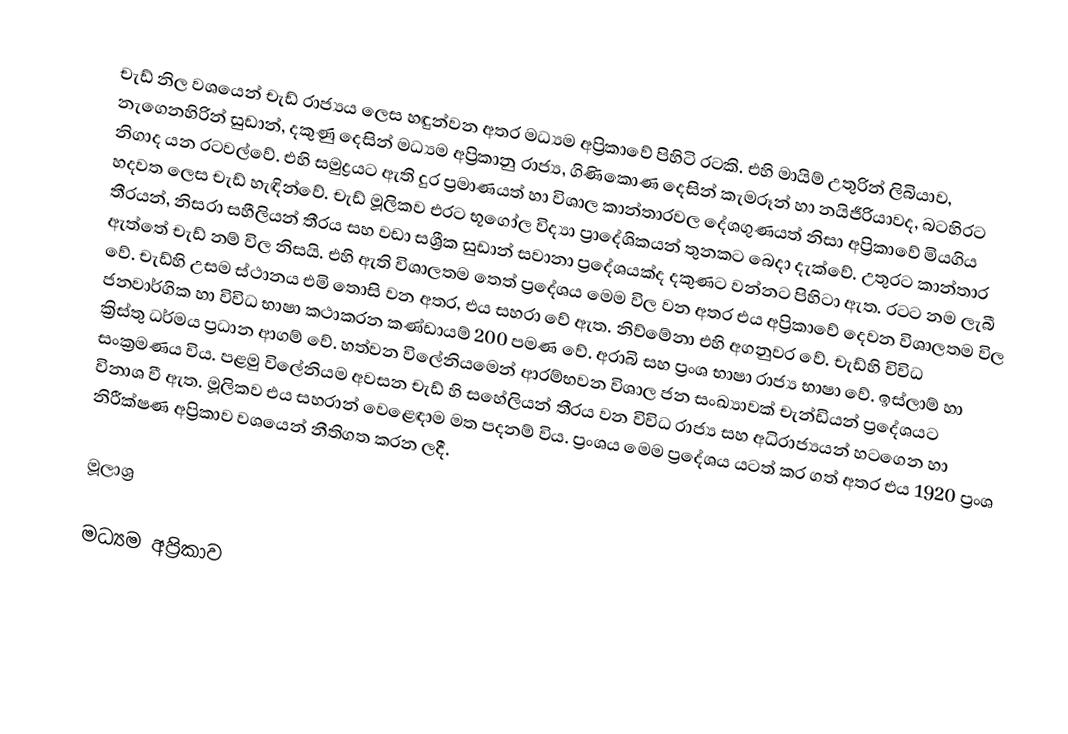
චැඩ් නිල වශයෙන් චැඩ් රාජ්‍යය ලෙස හඳුන්වන අතර මධ්‍යම අප්‍රිකාවේ පිහිටි රටකි. එහි මායිම් උතුරින්  ලිබියාව, නැගෙනහිරින් සුඩාන්, දකුණු දෙසින් මධ්‍යම අප්‍රිකානු රාජ්‍ය, ගිණිකොණ දෙසින් කැමරූන් හා නයිජීරියාවද, බටහිරට නිගාද යන රටවල්වේ. එහි සමුද්‍රයට ඇති දුර ප්‍රමාණයත් හා විශාල කාන්තාරවල දේශගුණයත් නිසා අප්‍රිකාවේ මියගිය හදවත ලෙස චැඩ් හැඳින්වේ. චැඩ් මූලිකව එරට  භූගෝල විද්‍යා ප්‍රාදේශිකයන් තුනකට බෙදා දැක්වේ. උතුරට කාන්තාර තීරයන්, නිසරා සහීලියන් තීරය සහ වඩා සශ්‍රීක සුඩාන් සවානා ප්‍රදේශයක්ද දකුණට වන්නට පිහිටා ඇත. රටට නම ලැබී ඇත්තේ චැඩ් නම් විල නිසයි. එහි ඇති විශාලතම තෙත් ප්‍රදේශය මෙම විල වන අතර එය අප්‍රිකාවේ දෙවන විශාලතම විල වේ. චැඩ්හි උසම ස්ථානය එමි තොසි වන අතර, එය සහරා වේ ඇත. නිව්මේනා එහි අගනුවර වේ. චැඩ්හි විවිධ ජනවාර්ගික හා විවිධ භාෂා කථාකරන කණ්ඩායම් 200 පමණ වේ. අරාබි සහ ප්‍රංශ භාෂා රාජ්‍ය භාෂා වේ. ඉස්ලාම් හා ක්‍රිස්තු ධර්මය ප්‍රධාන ආගම් වේ. හත්වන විලේනියමෙන් ආරම්භවන විශාල ජන සංඛ්‍යාවක් චැන්ඩියන් ප්‍රදේශයට සංක්‍රමණය විය. පළමු විලේනියම අවසන චැඩ් හි සහේලියන් තීරය වන විවිධ රාජ්‍ය සහ අධිරාජ්‍යයන් හටගෙන හා විනාශ වී ඇත. මූලිකව එය සහරාන් වෙළෙඳාම මත පදනම් විය. ප්‍රංශය මෙම ප්‍රදේශය යටත් කර ගත් අතර එය 1920 ප්‍රංශ නිරීක්ෂණ අප්‍රිකාව වශයෙන් නීතිගත කරන ලදී.

මූලාශ්‍ර

මධ්‍යම අප්‍රිකාව